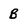
Character: B